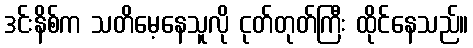
ဒင်းနိစ်က သတိမေ့နေသူလို ငုတ်တုတ်ကြီး ထိုင်နေသည်။